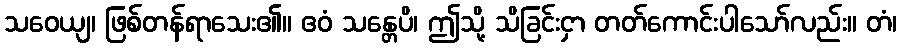
သဝေယျ၊ ဖြစ်တန်ရာသေး၏။ ဧဝံ သန္တေပိ၊ ဤသို့ သိခြင်းငှာ တတ်ကောင်းပါသော်လည်း။ တံ၊